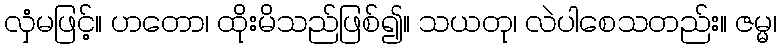
လှံမဖြင့်။ ဟတော၊ ထိုးမိသည်ဖြစ်၍။ သယတု၊ လဲပါစေသတည်း။ ဇမ္မ၊